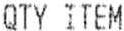
QTY ITEM